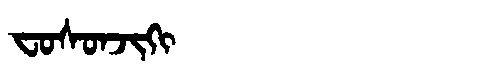
Manchu: ᠸᠣᠰᠣᠨᠵᡳᡴᡳ
Romanization: FOSONJIKI